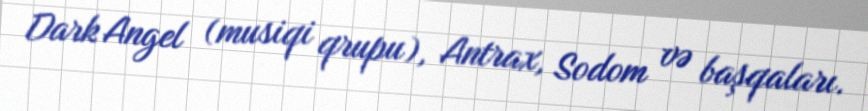
Dark Angel (musiqi qrupu), Antrax, Sodom və başqaları.